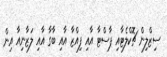
ސިޒްލިން ޗޮކްލެޓާއި ޕާސްޓާ އާއި ފިއްޒާ އާއި ބާގާ އާއި ލަޒާނިއާ އިން